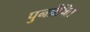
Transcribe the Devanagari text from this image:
पुनर्प्रेषित